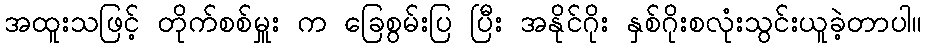
အထူးသဖြင့် တိုက်စစ်မှူး က ခြေစွမ်းပြ ပြီး အနိုင်ဂိုး နှစ်ဂိုးစလုံးသွင်းယူခဲ့တာပါ။